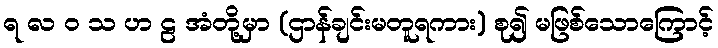
ရ လ ဝ သ ဟ ဠ အံတို့မှာ (ဌာန်ချင်းမတူရကား) စု၍ မဖြစ်သောကြောင့်